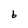
Character: b